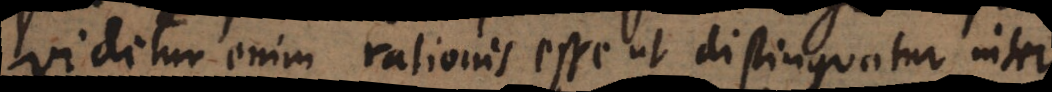
ur enim rationis esse ut distinguatur inter